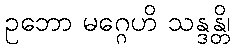
ဥဘော မဂ္ဂေဟိ သန္ဒန္တိ၊